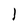
Character: l